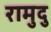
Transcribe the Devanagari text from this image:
रामुदु